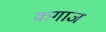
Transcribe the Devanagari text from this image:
कगाज